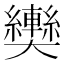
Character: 𱘿